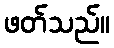
ဖတ်သည်။